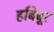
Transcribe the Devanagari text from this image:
हबिबूर